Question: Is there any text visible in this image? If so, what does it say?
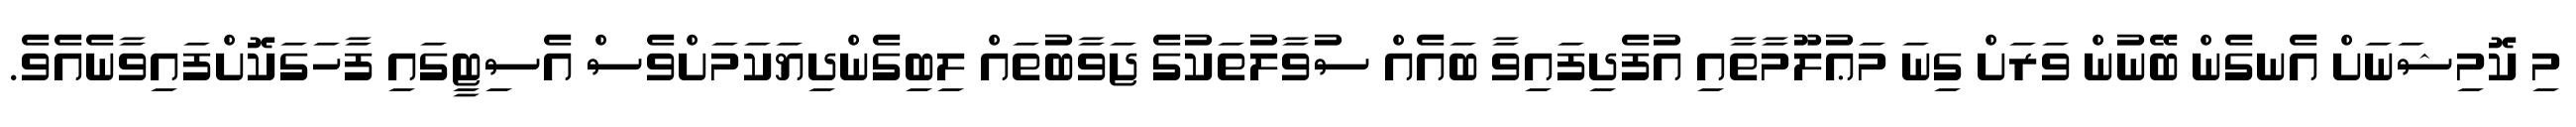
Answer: މި ކޮމިޝަނަށް އެނގެން ބޭނުން ވަރަށް ގިނަ މަޢުލޫމާތާއި އުފެދިފައިވާ ބައެއް ސުވާލުތަކުގެ ޖަވާބުތައް ލިބިގެންދިޔަކަމަށްވެސް އެސިޓީގައި ފާހަގަކޮށްފައިވާނެއެވެ.